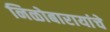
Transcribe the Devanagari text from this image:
निळोबारायांचे